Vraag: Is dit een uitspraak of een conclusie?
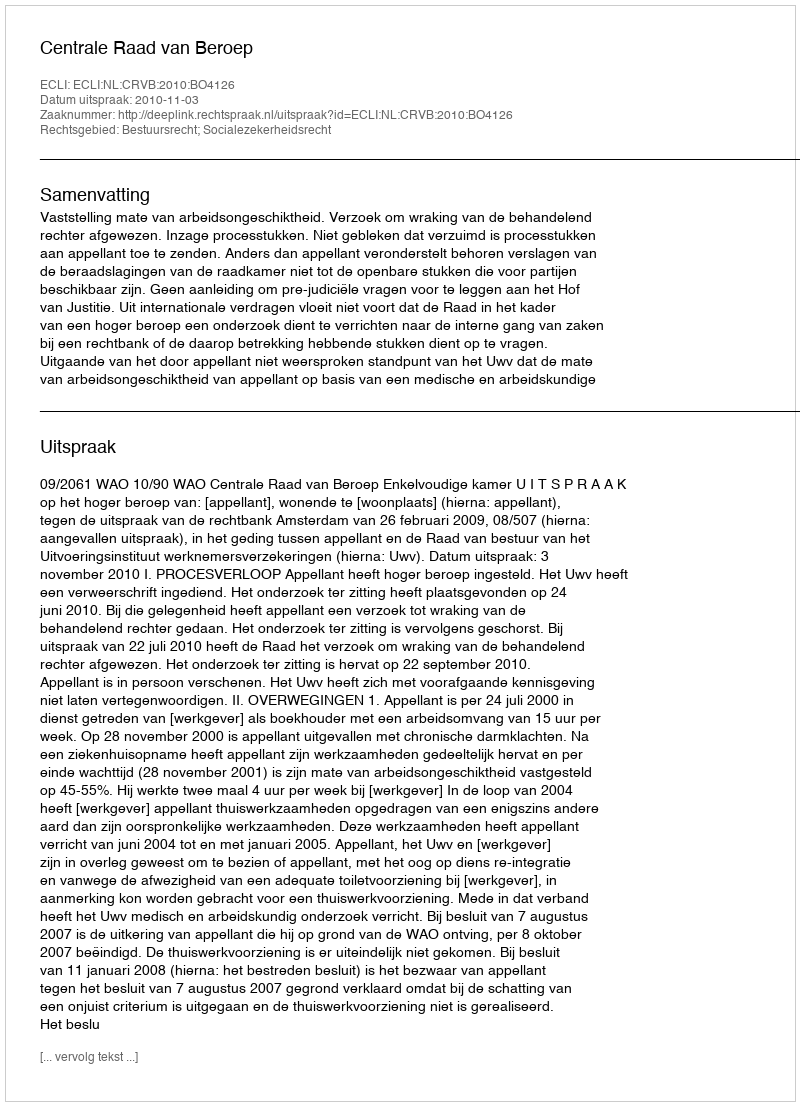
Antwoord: Uitspraak